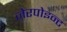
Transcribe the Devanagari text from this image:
जेरपोइन्ट